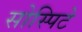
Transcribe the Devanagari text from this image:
सोस्पिटे